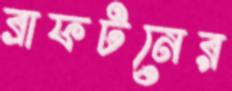
ব্রাফটনের